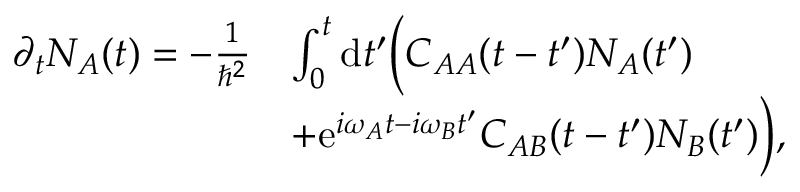
\begin{array} { r l } { \partial _ { t } N _ { A } ( t ) = - \frac { 1 } { \hbar ^ { 2 } } } & { \int _ { 0 } ^ { t } \mathrm { d } t ^ { \prime } \Big ( C _ { A A } ( t - t ^ { \prime } ) N _ { A } ( t ^ { \prime } ) } \\ & { + \mathrm { e } ^ { i \omega _ { A } t - i \omega _ { B } t ^ { \prime } } C _ { A B } ( t - t ^ { \prime } ) N _ { B } ( t ^ { \prime } ) \Big ) , } \end{array}